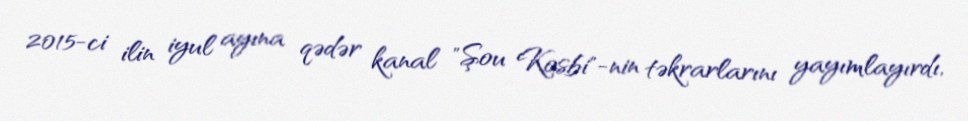
2015-ci ilin iyul ayına qədər kanal "Şou Kosbi"-nin təkrarlarını yayımlayırdı,